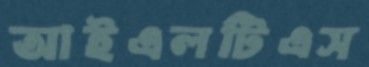
আইএলটিএস